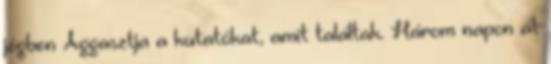
jégben Aggasztja a kutatókat, amit találtak. Három napon át